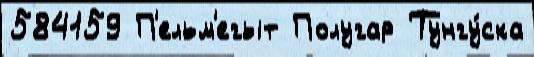
584159 П'ельм'егыт Полугар Тунгу́ска